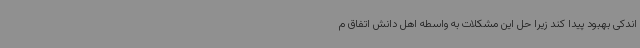
اندکی بهبود پیدا کند زیرا حل این مشکلات به واسطه اهل دانش اتفاق م